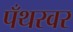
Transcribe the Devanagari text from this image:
पँथरवर